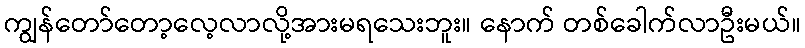
ကျွန်တော်တော့လေ့လာလို့အားမရသေးဘူး။ နောက် တစ်ခေါက်လာဦးမယ်။